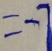
= - 7